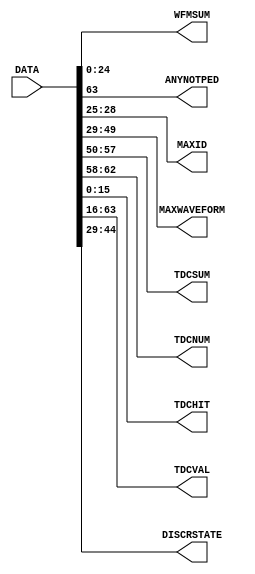
module SERDESDECODE_1(
    input [64*NSLOT-1:0] DATA,
    output [24:0] WFMSUM,
    output ANYNOTPED,
    output [3:0] MAXID,
    output [20:0] MAXWAVEFORM,
    output [7:0] TDCSUM,
    output [4:0] TDCNUM,
    output [15:0] TDCHIT,
    output [3*16-1:0] TDCVAL,
    output [15:0] DISCRSTATE
    );

    parameter SLOT=0;
    parameter NSLOT=1;

    //decode QSUM
    // CONNECTION SCHEME:
    // WDi :BIT 24-0 FOR SUM OF WAVEFORMs
    //     :BIT 63 FOR ANY PEDESTAL OUTSIDE THRESHOLD
    assign WFMSUM = DATA[64*SLOT+:25];
    assign ANYNOTPED = DATA[64*SLOT+63];

    //decode MAXID
    // CONNECTION SCHEME:
    // WDi :BIT 28-26 FOR MAXIMUM ID (if WDB Algsel==0 relates to MAXWAVEFORM
    //                                otherwise relates to TDCNUM)
    assign MAXID = DATA[64*SLOT+25+:4];

    //decode MAXWAVEFORM
    // CONNECTION SCHEME:
    // WDi :BIT 49-29 FOR MAXIMUM WAVEFORM WALUE
    assign MAXWAVEFORM = DATA[64*SLOT+29+:21];

    //decode TDC Mult
    // CONNECTION SCHEME:
    //     :BIT 55-48 FOR SUM OF TDCs
    //     :BIT 60-56 FOR NUM OF TDCs
    assign TDCSUM = DATA[64*SLOT+50+:8];    
    assign TDCNUM = DATA[64*SLOT+58+:5];    

    //decode TC
    // CONNECTION SCHEME:
    // WDi :BIT 15-0 FOR TIME VALID
    //     :BIT 63-16 FOR TIMESTAMP (3 bit each)
    assign TDCHIT = DATA[64*SLOT+:16];    
    assign TDCVAL = DATA[64*SLOT+16+:3*16];

    //decode DISCRIMINATOR status
    assign DISCRSTATE = DATA[64*SLOT+29+:16];
endmodule